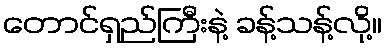
တောင်ရှည်ကြီးနဲ့ ခန့်သန့်လို့။